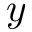
y